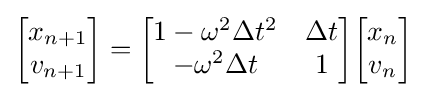
{\begin{bmatrix}x_{n+1}\\v_{n+1}\end{bmatrix}}={\begin{bmatrix}1-\omega ^{2}\Delta t^{2}&\Delta t\\-\omega ^{2}\Delta t&1\end{bmatrix}}{\begin{bmatrix}x_{n}\\v_{n}\end{bmatrix}}